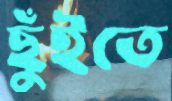
ছুঁইতে